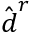
\hat { \boldsymbol { d } } ^ { r }